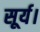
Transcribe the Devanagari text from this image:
सूर्य।